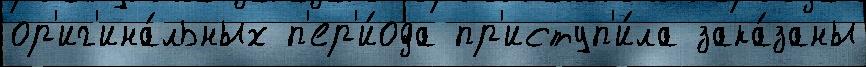
ор'иг'ина́льных п'ер'и́ода пр'иступ'и́ла зака́заны